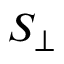
S _ { \perp }